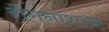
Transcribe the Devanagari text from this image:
रोगनाशाक